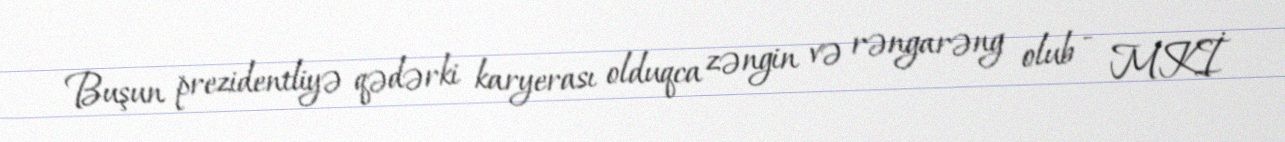
Buşun prezidentliyə qədərki karyerası olduqca zəngin və rəngarəng olub - MKİ